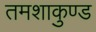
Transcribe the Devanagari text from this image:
तमशाकुण्ड